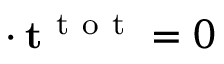
\mathbf { \nabla } \cdot \mathbf { t } ^ { \mathrm { ~ t ~ o ~ t ~ } } = 0